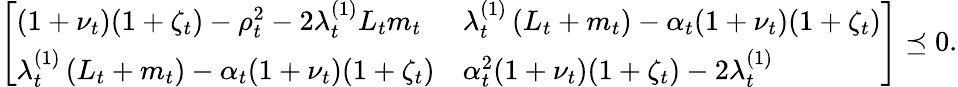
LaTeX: \left[\begin{array}{ll}{(1+\nu_{t})(1+\zeta_{t})-\rho_{t}^{2}-2\lambda_{t}^{(1)}L_{t}m_{t}}&{\lambda_{t}^{(1)}\left(L_{t}+m_{t}\right)-\alpha_{t}(1+\nu_{t})(1+\zeta_{t})}\\ {\lambda_{t}^{(1)}\left(L_{t}+m_{t}\right)-\alpha_{t}(1+\nu_{t})(1+\zeta_{t})}&{\alpha_{t}^{2}(1+\nu_{t})(1+\zeta_{t})-2\lambda_{t}^{(1)}}\end{array}\right]\preceq 0.